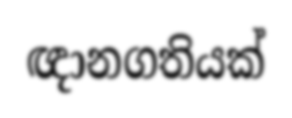
ඥානගතියක්